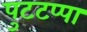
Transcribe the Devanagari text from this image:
पुटटप्पा